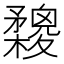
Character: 𣟮